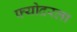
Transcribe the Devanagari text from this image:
फ्योदरला